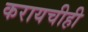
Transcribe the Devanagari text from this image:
करायचीही